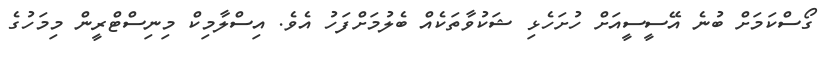
ގޯސްކަމަށް ބުނެ އޭސީސީއަށް ހުށަހެޅި ޝަކުވާތަކެއް ބެލުމަށްފަހު އެވެ. އިސްލާމިކް މިނިސްޓްރީން މިމަހުގެ